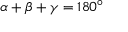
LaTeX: \alpha + \beta + \gamma = 1 8 0 ^ { \circ }